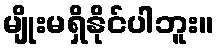
မျိုးမရှိနိုင်ပါဘူး။